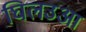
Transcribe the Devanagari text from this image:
घिलउआ